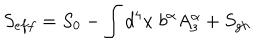
S _ { e f f } = S _ { 0 } - \int d ^ { 4 } x \; b ^ { \alpha } A _ { 3 } ^ { \alpha } + S _ { g h }